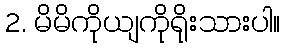
2. မိမိကိုယျကိုရိုးသားပါ။